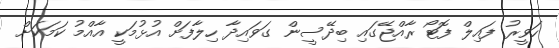
ހަވީރު ފައިލް ފޮޓޯ ރާއްޖޭގައި ބިދޭސީން ގަވައިދާ ހިލާފަށް އުޅުމަކީ އާއްމު ކަމަކަށް